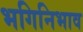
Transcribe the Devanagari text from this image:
भगिनिभाव